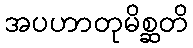
အပဟာတုမိစ္ဆတိ